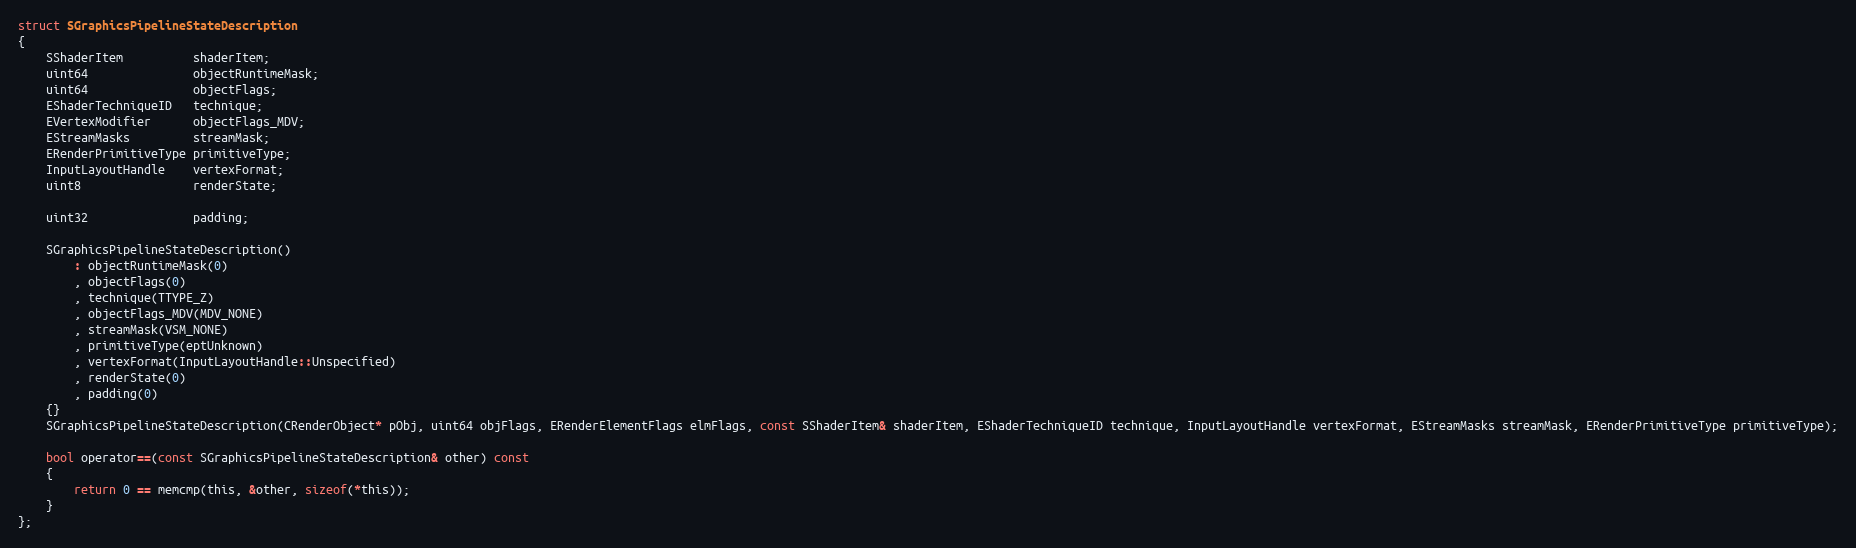
Language: C
struct SGraphicsPipelineStateDescription
{
	SShaderItem          shaderItem;
	uint64               objectRuntimeMask;
	uint64               objectFlags;
	EShaderTechniqueID   technique;
	EVertexModifier      objectFlags_MDV;
	EStreamMasks         streamMask;
	ERenderPrimitiveType primitiveType;
	InputLayoutHandle    vertexFormat;
	uint8                renderState;

	uint32               padding;

	SGraphicsPipelineStateDescription()
		: objectRuntimeMask(0)
		, objectFlags(0)
		, technique(TTYPE_Z)
		, objectFlags_MDV(MDV_NONE)
		, streamMask(VSM_NONE)
		, primitiveType(eptUnknown)
		, vertexFormat(InputLayoutHandle::Unspecified)
		, renderState(0)
		, padding(0)
	{}
	SGraphicsPipelineStateDescription(CRenderObject* pObj, uint64 objFlags, ERenderElementFlags elmFlags, const SShaderItem& shaderItem, EShaderTechniqueID technique, InputLayoutHandle vertexFormat, EStreamMasks streamMask, ERenderPrimitiveType primitiveType);

	bool operator==(const SGraphicsPipelineStateDescription& other) const
	{
		return 0 == memcmp(this, &other, sizeof(*this));
	}
};